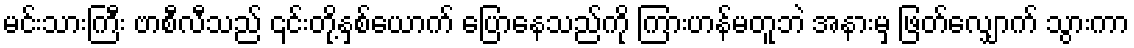
မင်းသားကြီး ဗာစီလီသည် ၎င်းတို့နှစ်ယောက် ပြောနေသည်ကို ကြားဟန်မတူဘဲ အနားမှ ဖြတ်လျှောက် သွားကာ